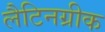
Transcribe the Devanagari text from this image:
लैटिनग्रीक